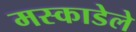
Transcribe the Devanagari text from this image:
मस्काडेले